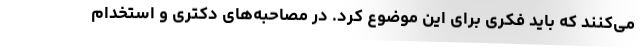
می‌کنند که باید فکری برای این موضوع کرد. در مصاحبه‌های دکتری و استخدام